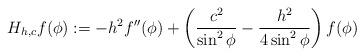
LaTeX: \begin{align*} H_{h,c}f(\phi) := -h^2f''(\phi) + \left(\frac{c^2}{\sin^2\phi} - \frac{h^2}{4\sin^2\phi}\right)f(\phi)\end{align*}